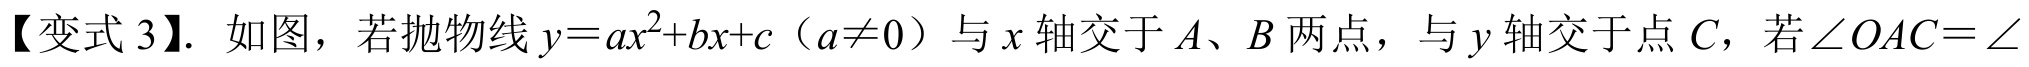
【变式3】. 如图，若抛物线\(y = ax^{2}+bx + c\)（\(a\neq0\)）与\(x\)轴交于\(A、B\)两点，与\(y\)轴交于点\(C\)，若\(\angle OAC=\angle  \)